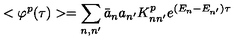
< \varphi ^ { p } ( \tau ) > = \sum _ { n , n ^ { \prime } } \bar { a } _ { n } a _ { n ^ { \prime } } K _ { n n ^ { \prime } } ^ { p } e ^ { ( E _ { n } - E _ { n ^ { \prime } } ) \tau }